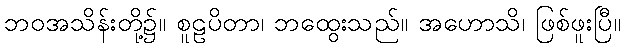
ဘဝအသိန်းတို့၌။ စူဠပိတာ၊ ဘထွေးသည်။ အဟောသိ၊ ဖြစ်ဖူးပြီ။